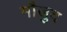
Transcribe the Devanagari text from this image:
माैजुद